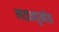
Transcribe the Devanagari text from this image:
लाइअपुनोव